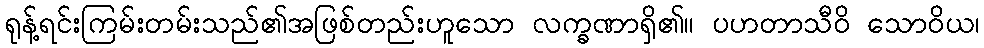
ရုန့်ရင်းကြမ်းတမ်းသည်၏အဖြစ်တည်းဟူသော လက္ခဏာရှိ၏။ ပဟတာသီဝိ သောဝိယ၊